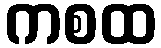
ကစထ